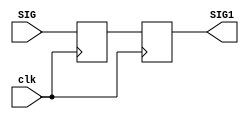
module Synchroniser(input clk, input SIG, output SIG1);
reg META;
reg SIG1;
always @ (posedge clk) begin
    META <= SIG;
    SIG1 <= META;
end
endmodule